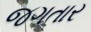
જગતાર